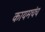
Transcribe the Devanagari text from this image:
कायमचंच